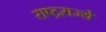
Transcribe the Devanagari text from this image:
राष्ट्रराज्ये